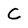
Character: C